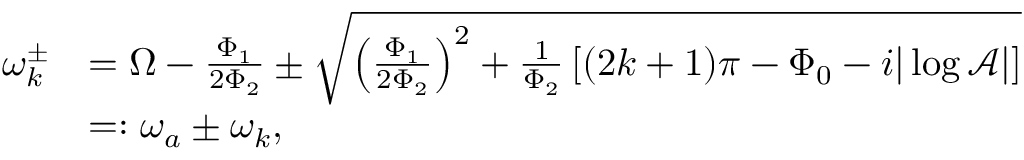
\begin{array} { r l } { \omega _ { k } ^ { \pm } } & { = \Omega - \frac { \Phi _ { 1 } } { 2 \Phi _ { 2 } } \pm \sqrt { \left( \frac { \Phi _ { 1 } } { 2 \Phi _ { 2 } } \right) ^ { 2 } + \frac { 1 } { \Phi _ { 2 } } \left[ ( 2 k + 1 ) \pi - \Phi _ { 0 } - i | \log \mathcal { A } | \right] } } \\ & { = : \omega _ { a } \pm \omega _ { k } , } \end{array}